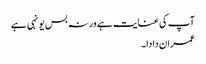
آپ کی عنایت ہے ورنہ بس یونہی ہے
عمران دادا ۔